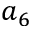
a _ { 6 }